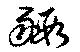
豭